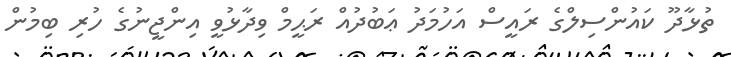
ތުޅާދޫ ކައުންސިލްގެ ރައީސް އަހުމަދު ޢަބުދުއް ރަޙީމް ވިދާޅުވީ އިންޖީނުގެ ހުރި ބިމުން